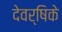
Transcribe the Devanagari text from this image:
देवर्षिके